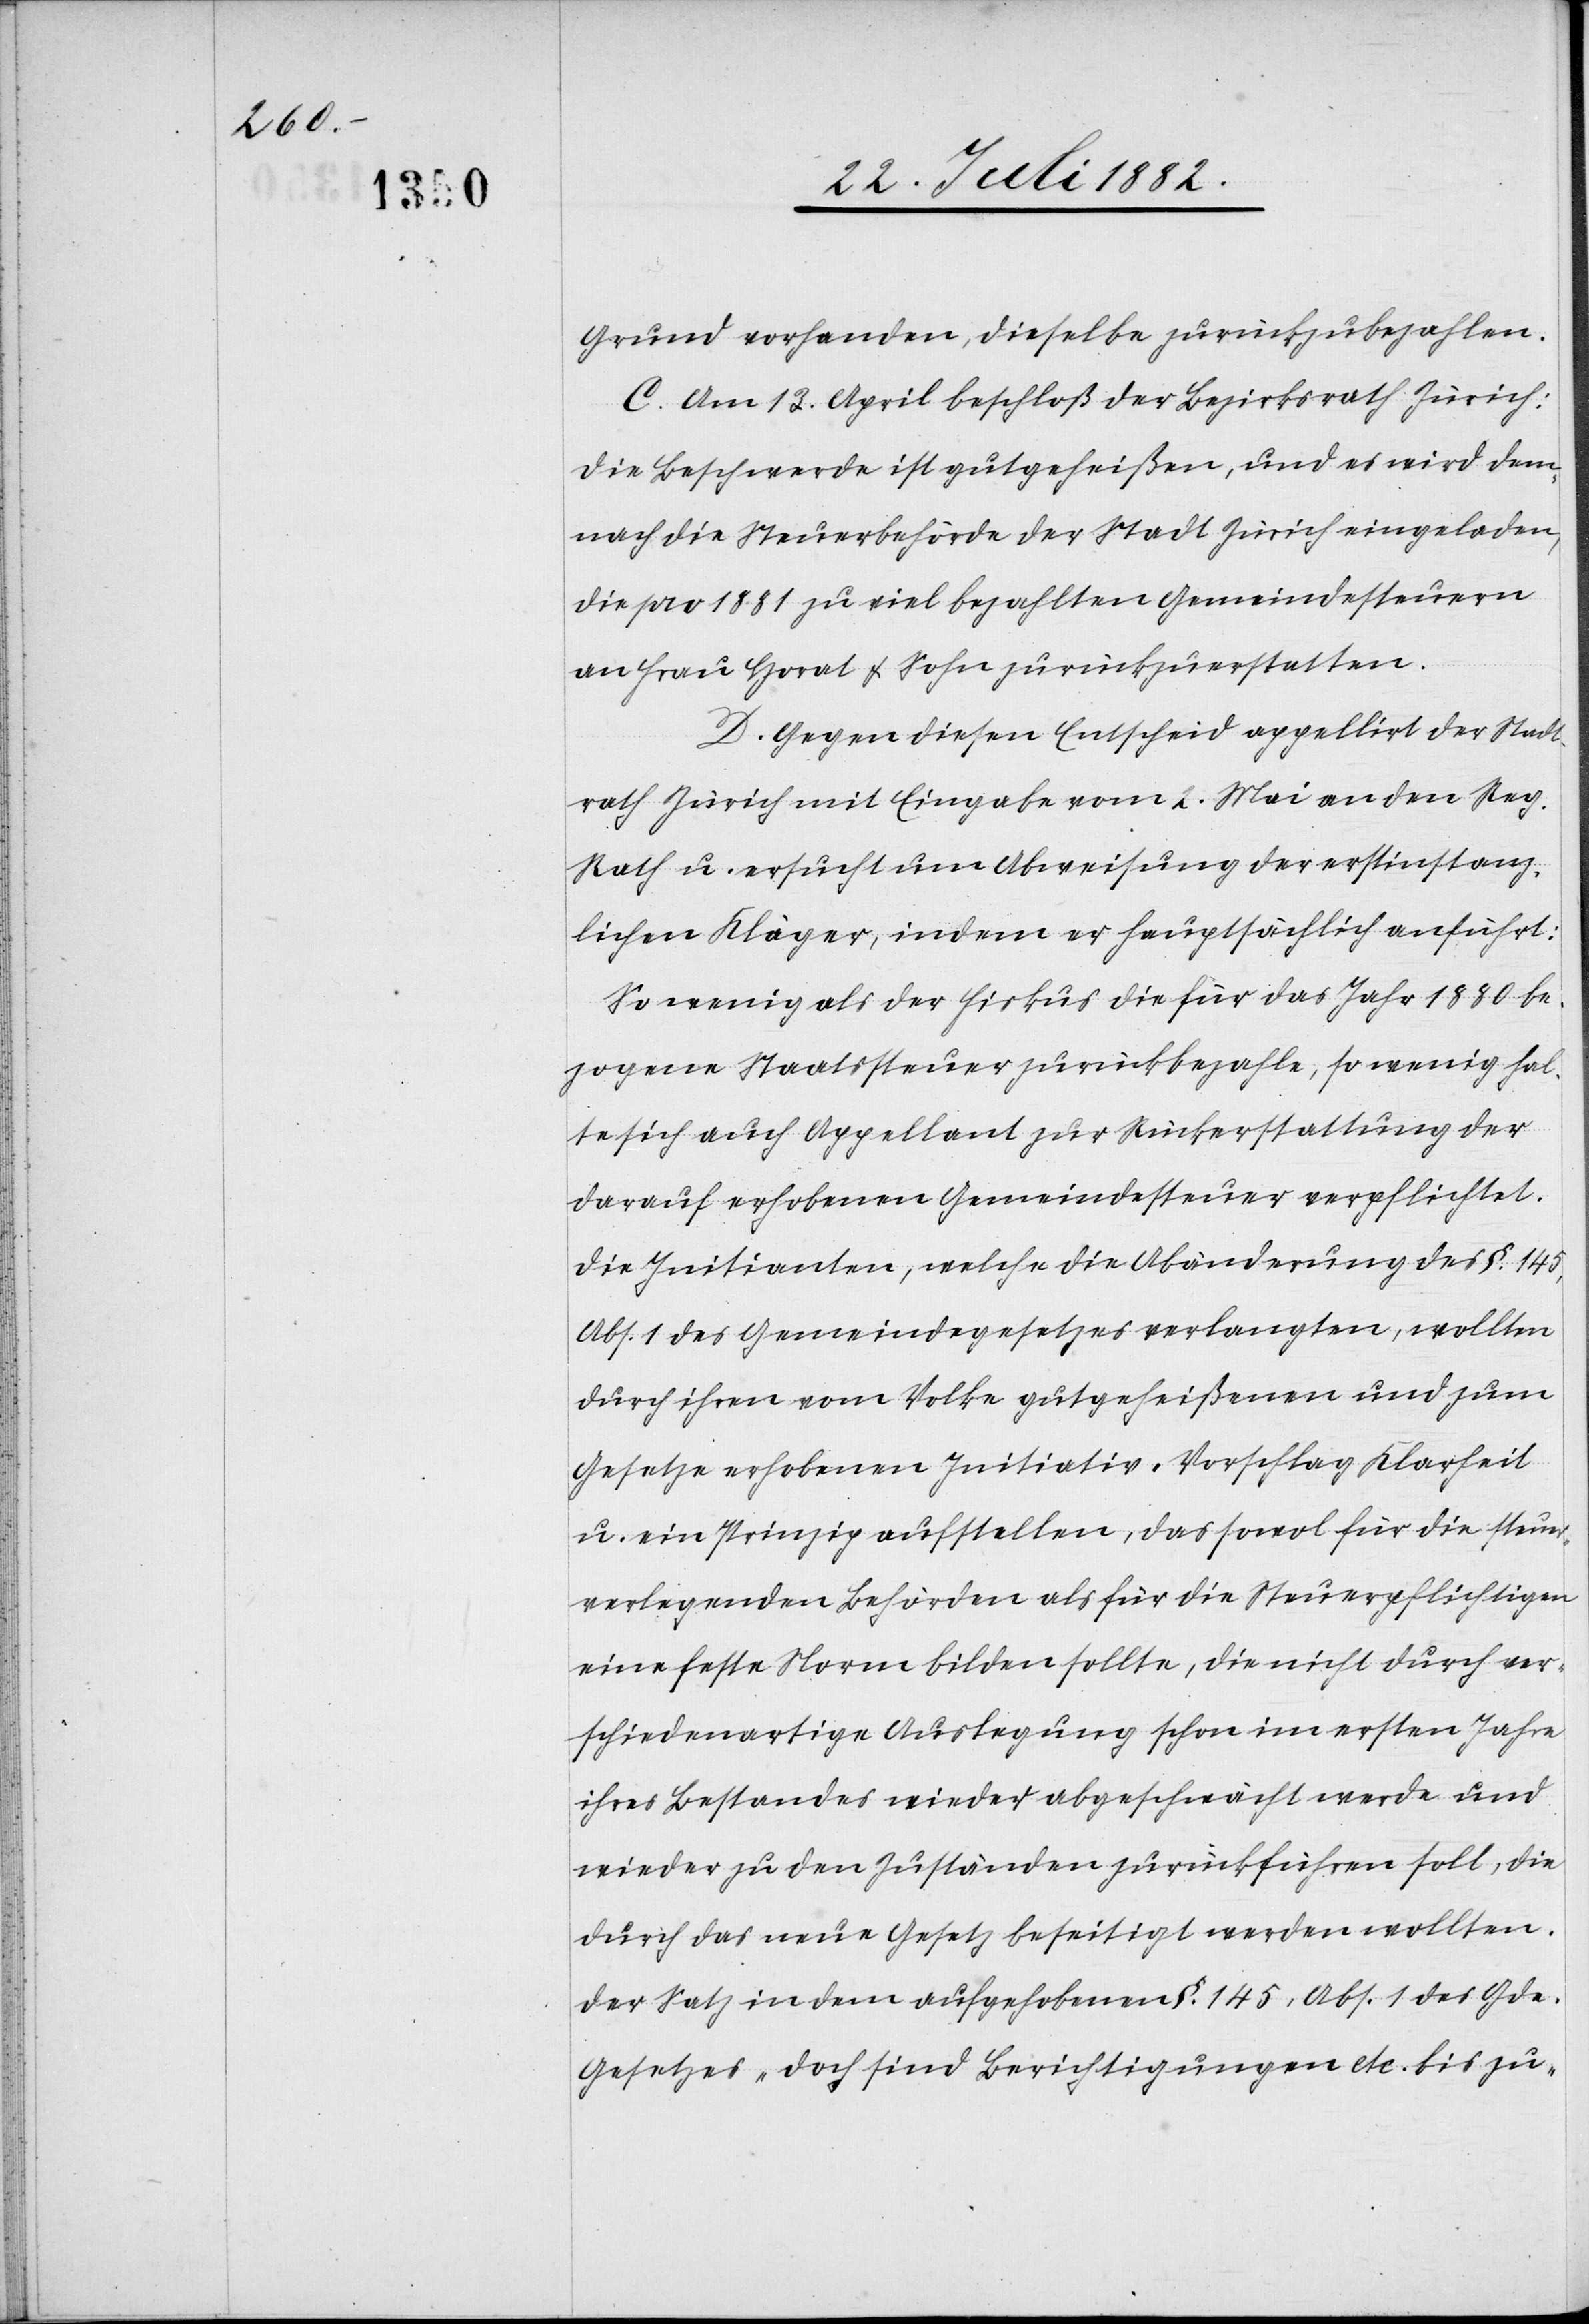
Grund vorhanden, dieselbe zurückzubezahlen.
C. Am 13. April beschloß der Bezirksrath Zürich:
Die Beschwerde ist gutgeheißen, und es wird dem¬
nach die Steuerbehörde der Stadt Zürich eingeladen,
die pro 1881 zu viel bezahlten Gemeindesteuern
an Frau Horat & Sohn zurückzuerstatten.
D. Gegen diesen Entscheid appellirt der Stadt¬
rath Zürich mit Eingabe vom 2. Mai an den Reg.
Rath u. ersucht um Abweisung der erstinstanz¬
lichen Kläger, indem er hauptsächlich anführt:
So wenig als der Fiskus die für das Jahr 1880 be¬
zogene Staatssteuer zurückbezahle, so wenig hal¬
te sich auch Appellant zur Rückerstattung der
darauf erhobenen Gemeindesteuer verpflichtet.
Die Initianten, welche die Abänderung des §. 145,
Abs. 1 des Gemeindegesetzes verlangten, wollten
durch ihren vom Volke gutgeheißenen und zum
Gesetze erhobenen Initiativ-Vorschlag Klarheit
u. ein Prinzip aufstellen, das sowol für die steuer¬
verlegenden Behörden als für die Steuerpflichtigen
eine feste Norm bilden sollte, die nicht durch ver¬
schiedenartige Auslegung schon im ersten Jahre
ihres Bestandes wieder abgeschwächt werde und
wieder zu den Zuständen zurückführen soll, die
durch das neue Gesetz beseitigt werden wollten.
Der Satz in dem aufgehobenen §. 145, Abs. 1 des Gd¬
e.-Gesetzes „doch sind Berichtigungen etc. bis zu-